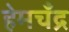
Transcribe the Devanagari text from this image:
हेमचँद्र